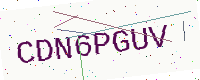
Text: CDN6PGUV